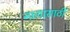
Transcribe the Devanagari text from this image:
नागासाठी